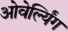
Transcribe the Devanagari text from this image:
ओवेर्ल्यिंग